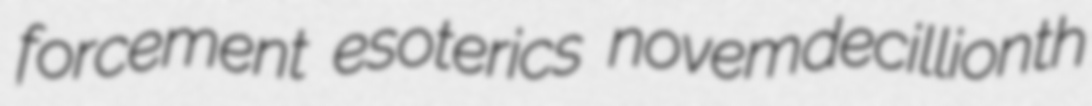
forcement esoterics novemdecillionth